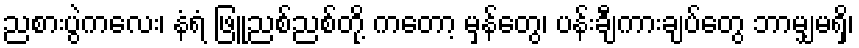
ညစားပွဲကလေး၊ နံရံ ဖြူညစ်ညစ်တို့ ကတော့ မှန်တွေ၊ ပန်းချီကားချပ်တွေ ဘာမျှမရှိ၊